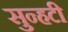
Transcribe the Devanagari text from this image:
सुन्हटी